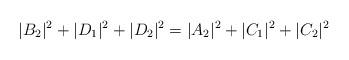
LaTeX: \begin{align*}|B_2|^2 + |D_1|^2 + |D_2|^2 = |A_2|^2 + |C_1|^2 + |C_2|^2\end{align*}